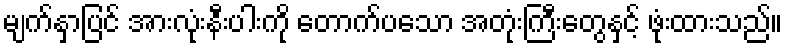
မျက်နှာပြင် အားလုံးနီးပါးကို တောက်ပသော အတုံးကြီးတွေနှင့် ဖုံးထားသည်။